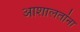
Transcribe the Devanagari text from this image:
आशालतांना